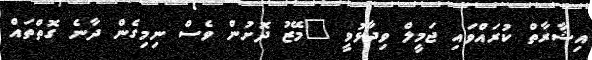
އިޝާރާތް ކުރައްވައި ޖަމީލް ވިދާޅުވީ "މޭޒު ދޮށުން ވެސް ނިމިގެން ދާނެ ގޮތްތައް